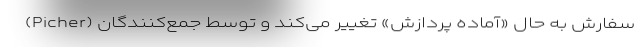
سفارش به حال «آماده پردازش» تغییر می‌کند و توسط جمع‌کنندگان (Picher)